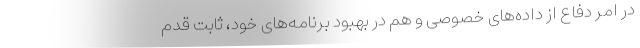
در امر دفاع از داده‌های خصوصی و هم در بهبود برنامه‌های خود، ثابت قدم